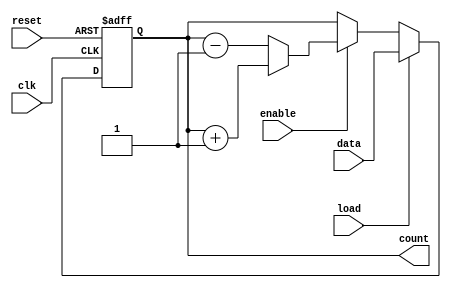
module sync_load_counter (
    input wire clk,             // Clock signal
    input wire reset,           // Asynchronous reset signal
    input wire load,            // Load signal
    input wire [7:0] data,      // Data input for loading
    input wire enable,          // Count enable signal
    output reg [7:0] count      // Output count
);

// Define the reset value
parameter RESET_VALUE = 8'b00000000;

always @(posedge clk or posedge reset) begin
    if (reset) begin
        // Asynchronous reset
        count <= RESET_VALUE;
    end else if (load) begin
        // Load data into counter
        count <= data;
    end else if (enable) begin
        // Increment or decrement based on a direction signal
        // Assuming an 'up' signal is defined elsewhere for direction
        // For example, if 'up' is 1, increment; if 'up' is 0, decrement
        // This example assumes an input signal 'up' is available
        if (up) begin
            count <= count + 1; // Increment
        end else begin
            count <= count - 1; // Decrement
        end
    end
    // If neither reset, load, nor enable is active, count retains its value
end

endmodule